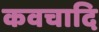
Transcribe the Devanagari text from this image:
कवचादि